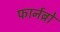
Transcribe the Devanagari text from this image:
फार्नब्रो